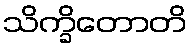
သိက္ခိတောတိ